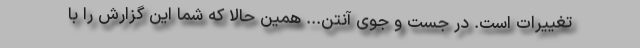
تغییرات است. در جست و جوی آنتن... همین حالا که شما این گزارش را با